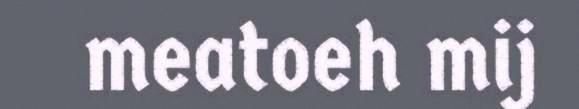
meatoeh mij